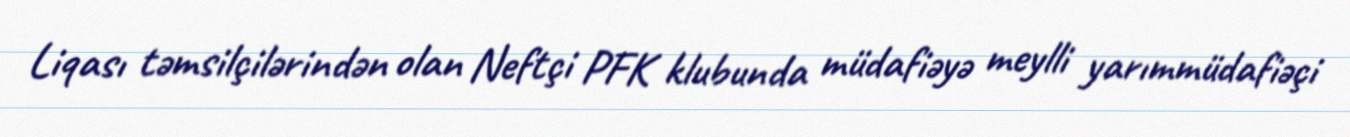
Liqası təmsilçilərindən olan Neftçi PFK klubunda müdafiəyə meylli yarımmüdafiəçi